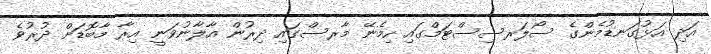
އަދި އަޅުގަނޑުމެންގެ ސޯލަރސިސްޓަމްގައި ހިމެނޭ މާރސްގައި ދިރުން އާލާނުވަނީ އިރާ މާބޮޑަށް ދުރުވެ